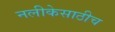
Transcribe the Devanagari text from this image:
नलीकेसाठीच